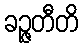
ခဉ္ဇတီတိ